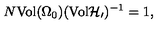
N \mathrm { V o l } ( \Omega _ { 0 } ) ( \mathrm { V o l } { \cal H _ { 0 } } ) ^ { - 1 } = 1 ,